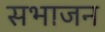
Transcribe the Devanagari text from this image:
सभाजन